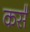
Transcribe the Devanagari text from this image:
कस॓